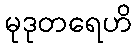
မုဒုတရေဟိ